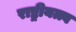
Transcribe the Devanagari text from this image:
राष्ट्रीयत्त्व